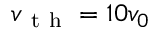
v _ { \mathrm { ~ t ~ h ~ } } = 1 0 v _ { 0 }